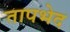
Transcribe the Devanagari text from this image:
तापभेद